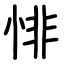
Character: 悱